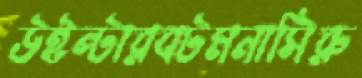
উইন্টারবটমনাসিরু